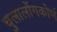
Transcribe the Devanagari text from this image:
चुलालोंगकोर्ण